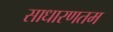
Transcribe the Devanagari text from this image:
साधारणतम